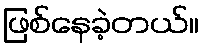
ဖြစ်နေခဲ့တယ်။